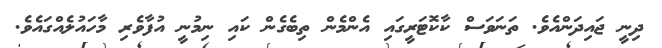
ދިނީ ޖައިދަންއެވެ. ތަނަވަސް ކާކޮޓަރީގައި އެންމެން ތިބެގެން ކައި ނިމުނީ އުފާވެރި މާހައުލެއްގައެވެ.